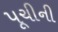
પૂચીની